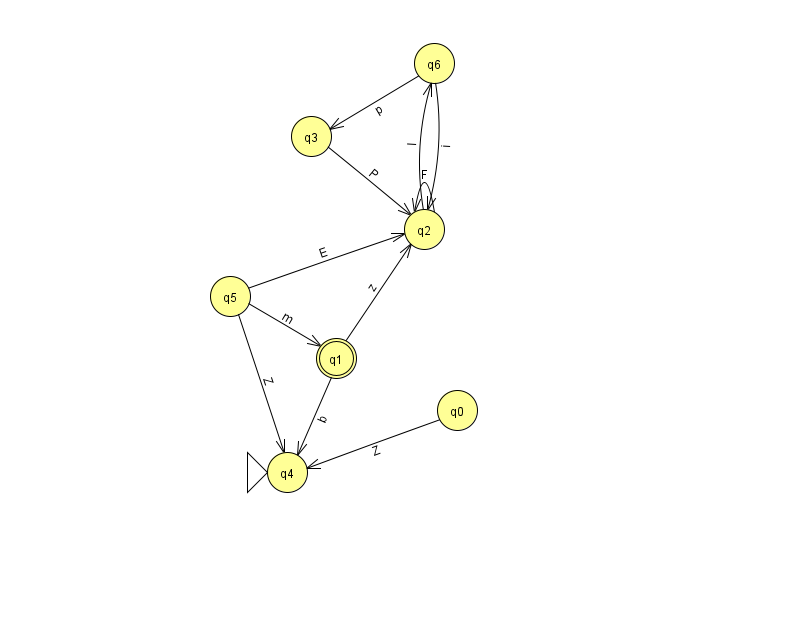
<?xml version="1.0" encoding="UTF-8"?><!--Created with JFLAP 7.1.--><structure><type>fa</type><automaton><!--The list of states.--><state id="0" name="q0"><x>457.0</x><y>397.0</y></state><state id="1" name="q1"><x>336.0</x><y>345.0</y><final/></state><state id="2" name="q2"><x>424.0</x><y>216.0</y></state><state id="3" name="q3"><x>311.0</x><y>123.0</y></state><state id="4" name="q4"><x>287.0</x><y>459.0</y><initial/></state><state id="5" name="q5"><x>230.0</x><y>283.0</y></state><state id="6" name="q6"><x>434.0</x><y>50.0</y></state><!--The list of transitions.--><transition><from>3</from><to>2</to><read>P</read></transition><transition><from>1</from><to>4</to><read>b</read></transition><transition><from>1</from><to>2</to><read>z</read></transition><transition><from>2</from><to>2</to><read>F</read></transition><transition><from>6</from><to>3</to><read>p</read></transition><transition><from>5</from><to>4</to><read>Z</read></transition><transition><from>0</from><to>4</to><read>Z</read></transition><transition><from>5</from><to>1</to><read>m</read></transition><transition><from>2</from><to>6</to><read>I</read></transition><transition><from>5</from><to>2</to><read>E</read></transition><transition><from>6</from><to>2</to><read>i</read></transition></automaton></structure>